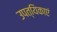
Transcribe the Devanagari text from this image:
उपत्यिकाएं